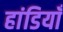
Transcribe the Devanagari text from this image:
हांडियाँ